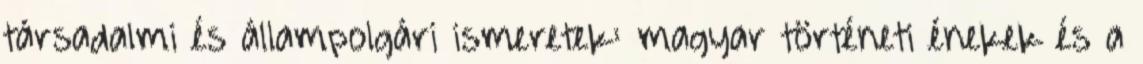
társadalmi és állampolgári ismeretek: magyar történeti énekek és a